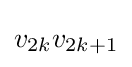
v_{2k}v_{2k+1}